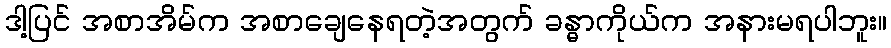
ဒါ့ပြင် အစာအိမ်က အစာချေနေရတဲ့အတွက် ခန္ဓာကိုယ်က အနားမရပါဘူး။